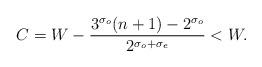
LaTeX: \begin{align*}C=W - \frac{3^{\sigma_o} (n+1) -2^{\sigma_o}}{2^{\sigma_o+\sigma_e}}<W.\end{align*}